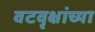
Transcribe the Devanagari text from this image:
वटवृक्षांच्या